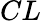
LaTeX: CL